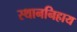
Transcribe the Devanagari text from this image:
स्थाननिहाय